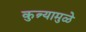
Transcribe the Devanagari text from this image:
कुत्र्यामुळे